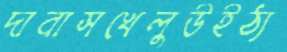
দাবাসখেলুউইঠ্য